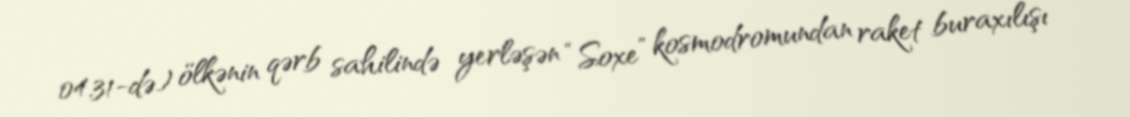
04.31-də) ölkənin qərb sahilində yerləşən “Soxe” kosmodromundan raket buraxılışı